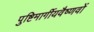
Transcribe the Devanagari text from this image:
पुष्टिमार्गीयवैष्णवों